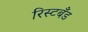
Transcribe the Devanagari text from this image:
रिस्टबँड